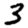
Digit: 3